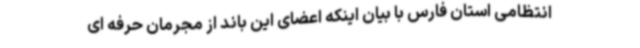
انتظامی استان فارس با بیان اینکه اعضای این باند از مجرمان حرفه ای